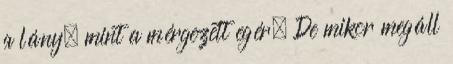
a lány, mint a mérgezett egér. De mikor megáll